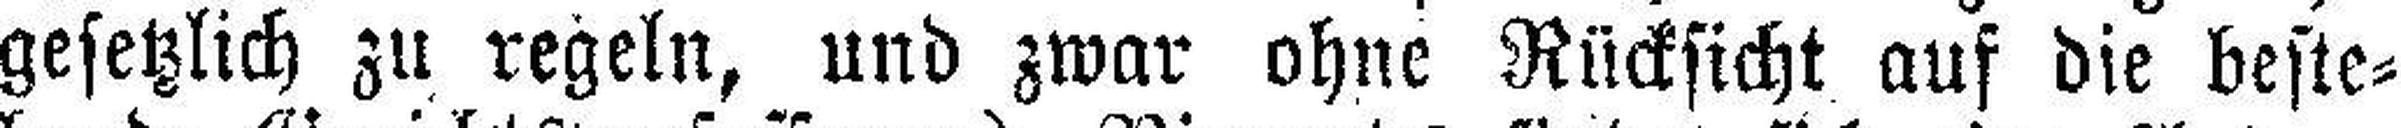
gesetzlich zu regeln, und zwar ohne Rücksicht auf die beste¬